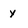
Character: Y